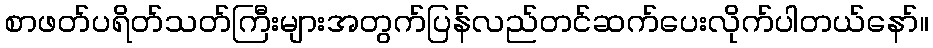
စာဖတ်ပရိတ်သတ်ကြီးများအတွက်ပြန်လည်တင်ဆက်ပေးလိုက်ပါတယ်နော်။